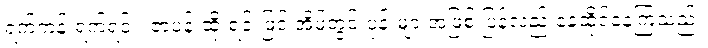
ရက်ကန်းရက်ရင်း၊ ဇာပန်းထိုးရင်းဖြင့် အိမ်တွင်းပုန်းများအဖြစ် ပြန်လည် နေထိုင်နေကြသည်။